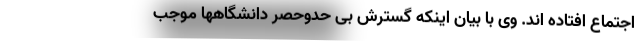
اجتماع افتاده اند. وی با بیان اینکه گسترش بی حدوحصر دانشگاهها موجب